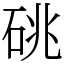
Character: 䂪